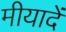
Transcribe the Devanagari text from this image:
मीयादें